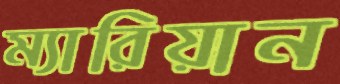
ম্যারিয়ান